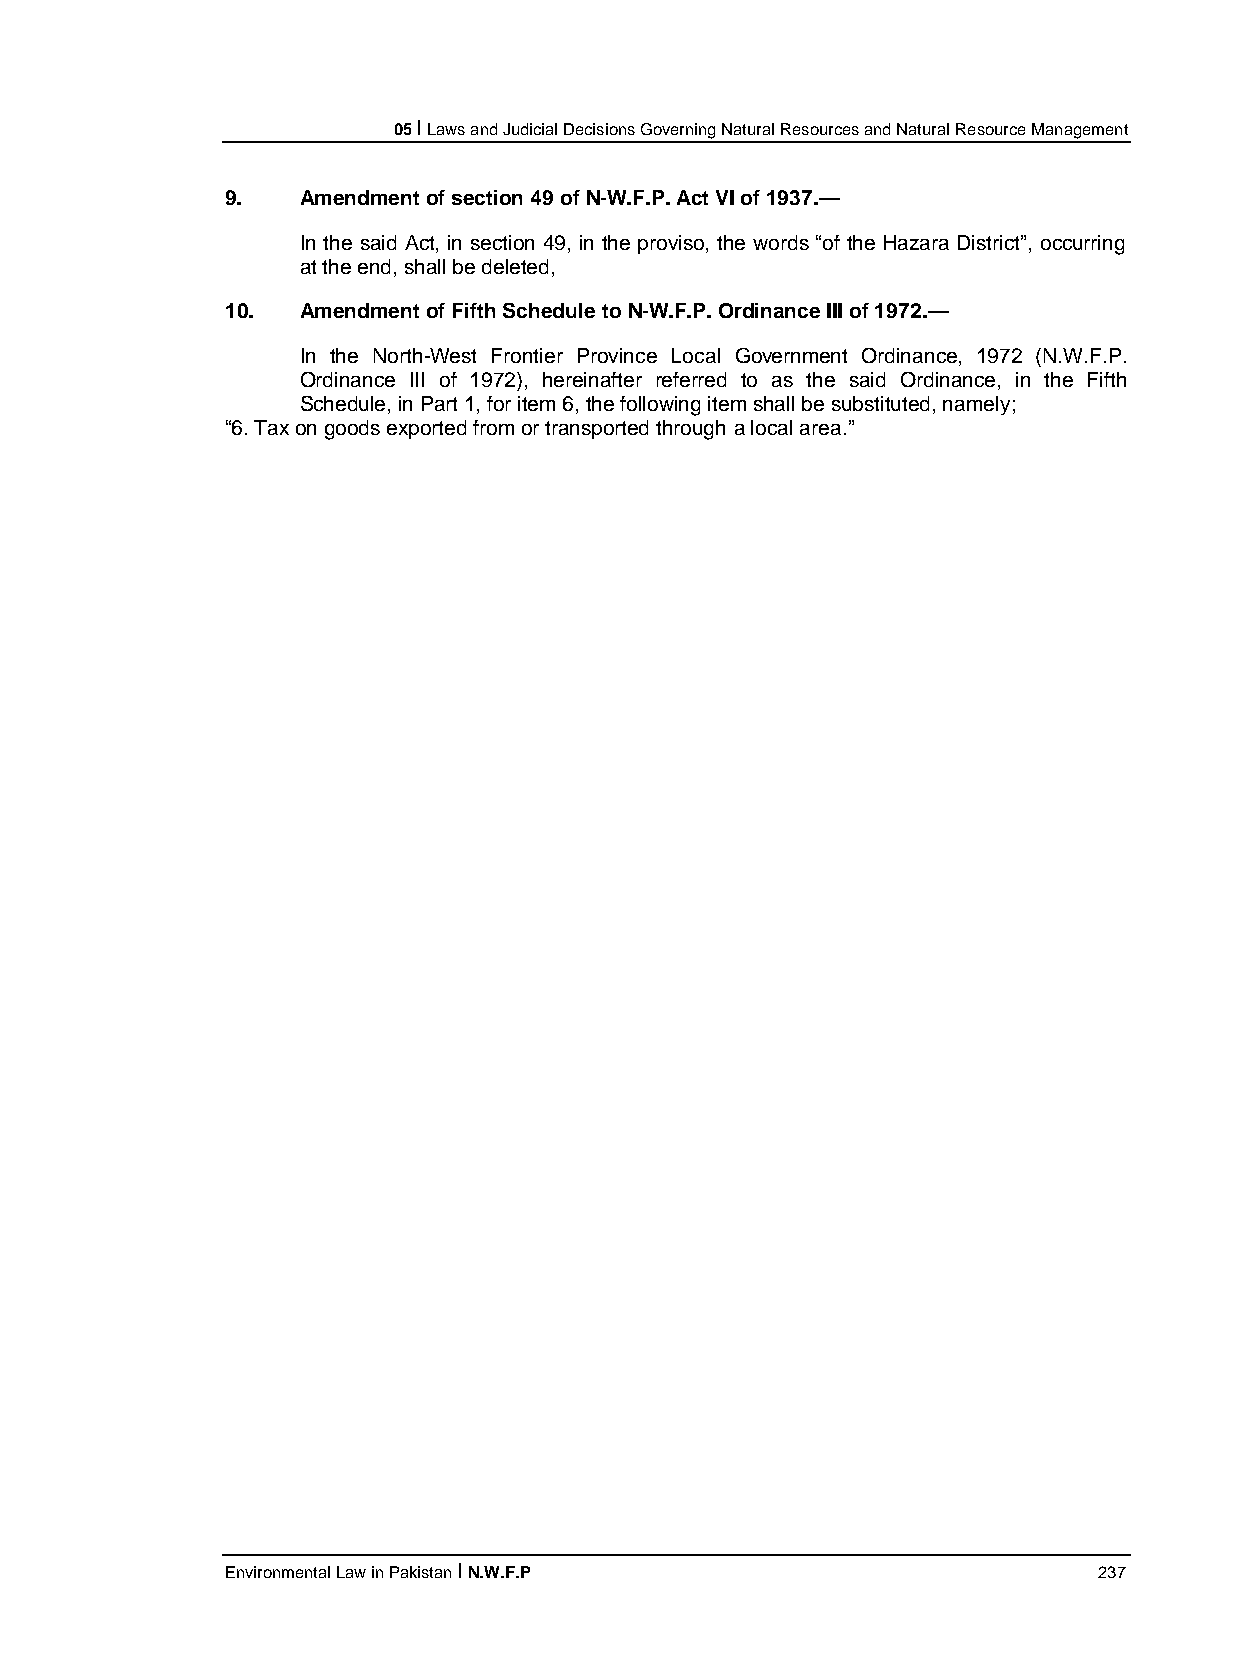
05 I Laws and Judicial Decisions Governing Natural Resources and Natural Resource Management
 9.   Amendment of section 49 of N-W.F.P. Act VI of 1937.—
 In the said Act, in section 49, in the proviso, the words “of the Hazara District”, occurring
 at the end, shall be deleted,
 10.  Amendment of Fifth Schedule to N-W.F.P. Ordinance III of 1972.—
 In the North-West Frontier Province Local Government Ordinance, 1972 (N.W.F.P.
 Ordinance III of 1972), hereinafter referred to as the said Ordinance, in the Fifth
 Schedule, in Part 1, for item 6, the following item shall be substituted, namely;
 “6. Tax on goods exported from or transported through a local area.”
 Environmental Law in Pakistan I N.W.F.P                   237